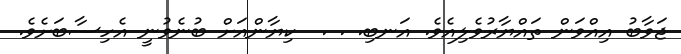
ޖަވާބު އިއްވަން ތައްޔާރުވެލިއެވެ. އަނބި. . .  ކިޔާންއަށް ބުނެވުނީ އެހިސާބަށެވެ.